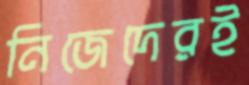
নিজেদেরই